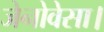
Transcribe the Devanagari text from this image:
जेनोवेसा।